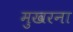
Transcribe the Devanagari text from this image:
मुखरना